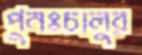
পুনঃচালুর